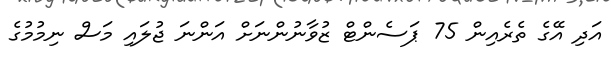
އަދި އޭގެ ތެރެއިން 75 ޕަސެންޓް ޒުވާނުންނަށް އަންނަ ޖުލައި މަސް ނިމުމުގެ